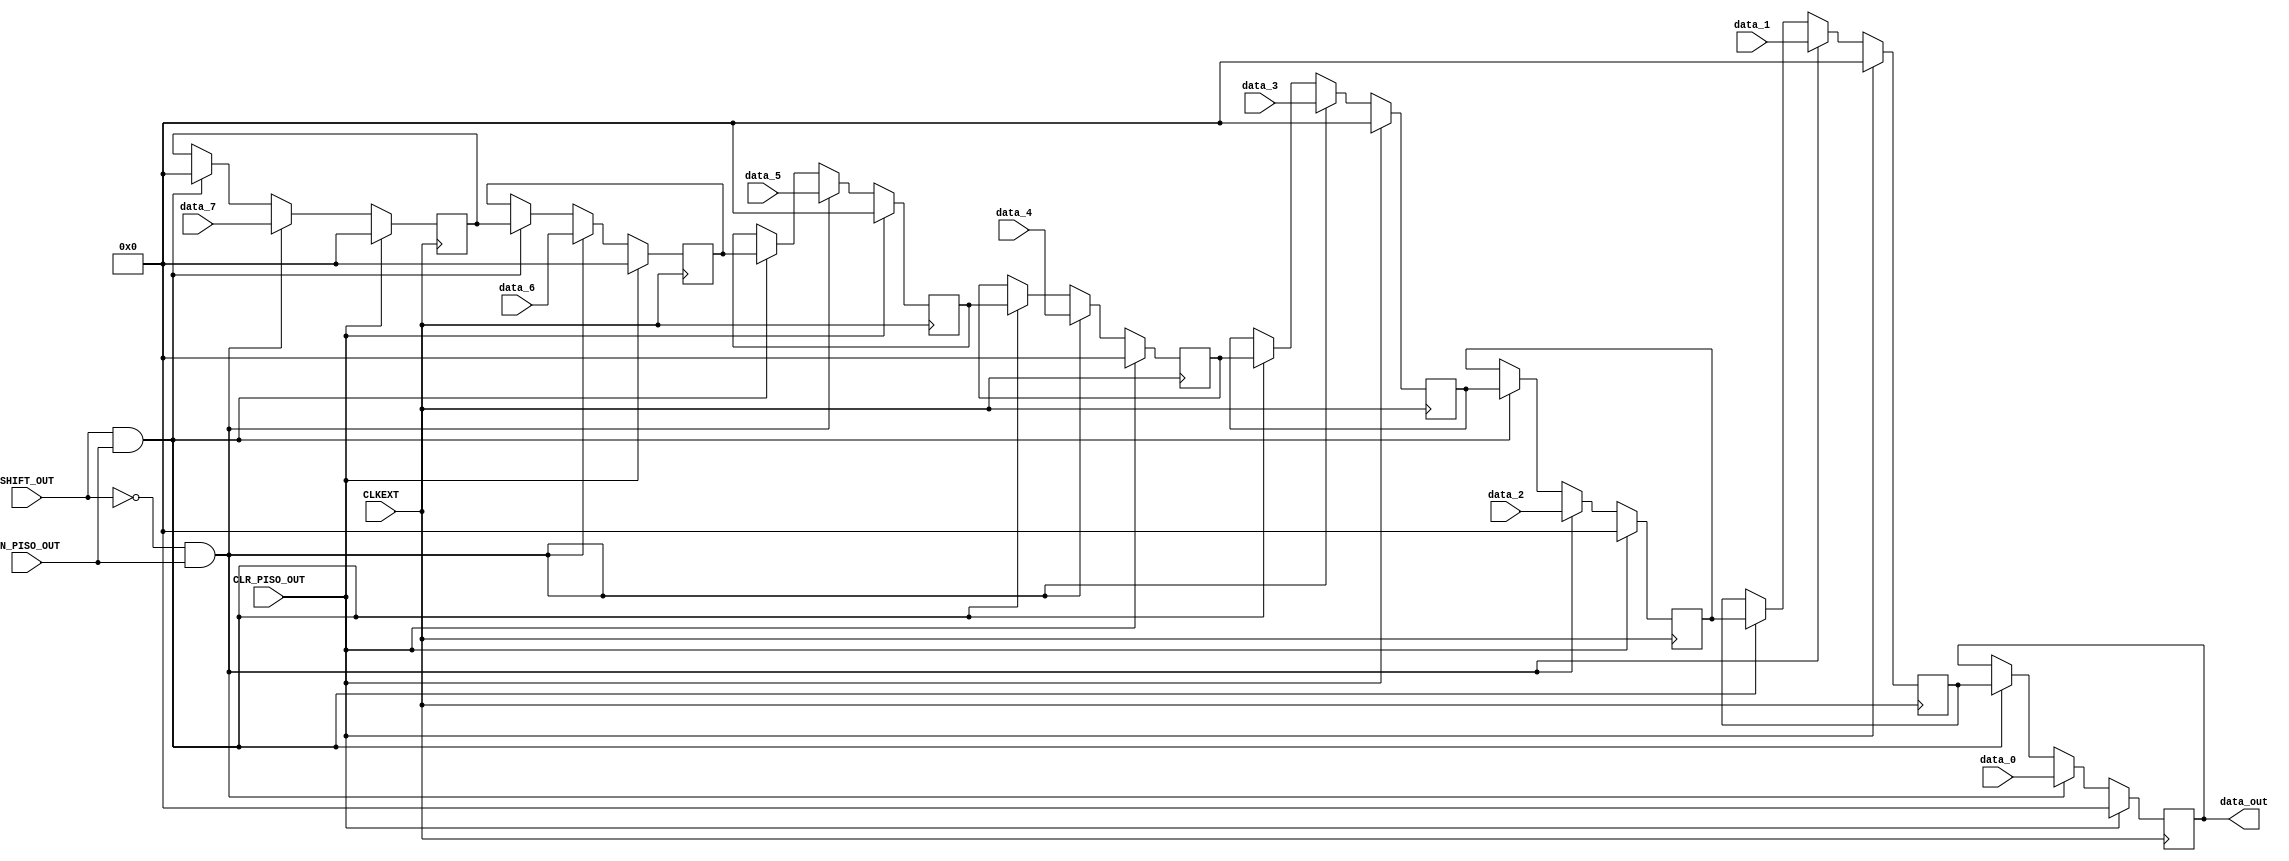
module piso_out 
(  
  input EN_PISO_OUT, CLKEXT, CLR_PISO_OUT, SHIFT_OUT, 
  input [7:0] data_0, data_1, data_2, data_3,data_4,data_5,data_6,data_7,
  output reg [7:0] data_out
);
  
  // PISO register array to load and shift data
  ///////////////////////////////////////////////////////////////////
  /*
      leftmost    data_7--data_6--data_5--data_4--data_3--data_2--data_1--data_0--data_out      rightmost (output)
  */
  //////////////////////////////////////////////////////////////////
  
  reg [7:0] data_reg_1, data_reg_2, data_reg_3,data_reg_4,data_reg_5,data_reg_6,data_reg_7;
  

  always @ (posedge CLKEXT) begin

    if (CLR_PISO_OUT) begin
      data_out   <= 8'b00000000; // Reset PISO register array on reset
      data_reg_1 <= 8'b00000000; 
      data_reg_2 <= 8'b00000000; 
      data_reg_3 <= 8'b00000000; 
      data_reg_4 <= 8'b00000000; 
      data_reg_5 <= 8'b00000000; 
      data_reg_6 <= 8'b00000000;
      data_reg_7 <= 8'b00000000; 
    end

    else begin
      
      // Load the data to the PISO register array and reset the serial data out register
      if (~SHIFT_OUT && EN_PISO_OUT) begin
	      data_out   <= data_0;
      	data_reg_1 <= data_1;
	      data_reg_2 <= data_2;
	      data_reg_3 <= data_3;
        data_reg_4 <= data_4;
	      data_reg_5 <= data_5;
	      data_reg_6 <= data_6;
        data_reg_7 <= data_7;

      // Shift the loaded data 1 postion to right; into the serial data out register
	end
      else if(SHIFT_OUT && EN_PISO_OUT)
      	{data_reg_7, data_reg_6, data_reg_5, data_reg_4,data_reg_3, data_reg_2, data_reg_1, data_out} <= {8'b0, data_reg_7, data_reg_6, data_reg_5, data_reg_4, data_reg_3, data_reg_2, data_reg_1};
    end
  end
  
endmodule